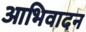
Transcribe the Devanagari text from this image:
आभिवादन